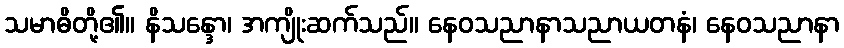
သမာဓိတို့၏။ နိသန္ဒော၊ အကျိုးဆက်သည်။ နေဝသညာနာသညာယတနံ၊ နေဝသညာနာ